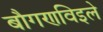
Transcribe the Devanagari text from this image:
बौगणविइले